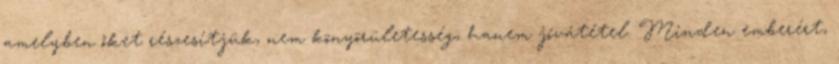
amelyben őket részesítjük, nem könyörületesség, hanem jóvátétel. Minden emberért,